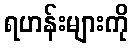
ရဟန်းများကို